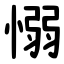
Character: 愵